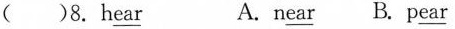
（）8.h\underline{ear} A.n\underline{ear} B.p\underline{ear}